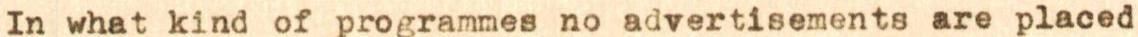
In what kind of programmes no advertisements are placed